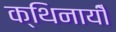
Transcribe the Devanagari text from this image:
क्थिनायीँ